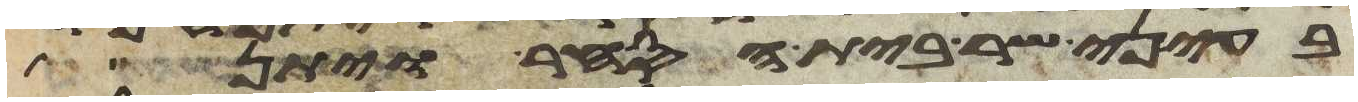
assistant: בעיני שר בית הסחר ויתן